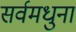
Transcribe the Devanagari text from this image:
सर्वमधुना